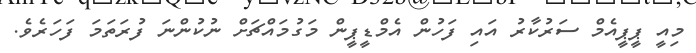
މިއީ ޕީޕީއެމް ސަރުކާރު އައި ފަހުން އެމްޑީޕީން މަގުމައްޗަށް ނުކުންނަ ފުރަތަމަ ފަހަރެވެ.